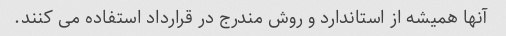
آنها همیشه از استاندارد و روش مندرج در قرارداد استفاده می کنند.